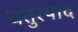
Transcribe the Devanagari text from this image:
चतुरपाद